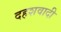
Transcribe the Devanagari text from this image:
दहशवादी